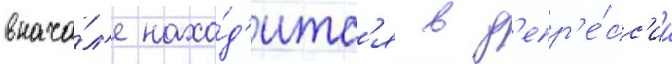
внача́л'е нахо́д'итс'я в д'епр'е́сс'ии